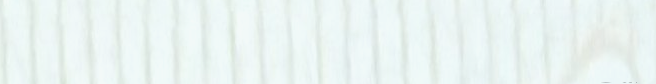
شركة صيانة المنازل: حلول